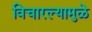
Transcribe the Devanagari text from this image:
विचारल्यामुळे